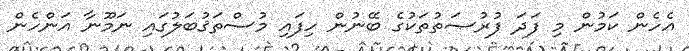
އެހެން ކަމުން މި ފަދަ ފުރުޞަތުތަކުގެ ބޭނުން ހިފައި މުސްތަޤުބަލުގައި ނަމޫނާ އަންހެން